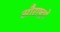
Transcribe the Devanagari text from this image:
सौराष्‍ट्रमें